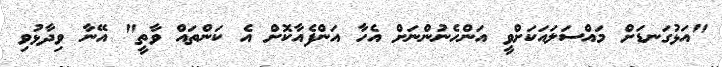
"އަޅުގަނޑަށް މައްސަލައަކަށްވީ އަންހެނުންނަށް އެހާ އަންފެއާކޮށް އެ ކަންތައް ވާތީ" އޭނާ ވިދާޅުވި